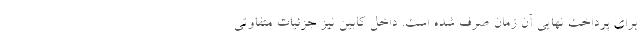
برای پرداخت نهایی آن زمان صرف شده است. داخل کابین نیز جزئیات متفاوتی